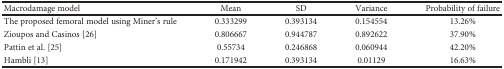
<table><thead><tr><td><b>Macrodamage model</b></td><td><b>Mean</b></td><td><b>SD</b></td><td><b>Variance</b></td><td><b>Probability of failure</b></td></tr></thead><tbody><tr><td>The proposed femoral model using Miner&#x27;s rule</td><td>0.333299</td><td>0.393134</td><td>0.154554</td><td>13.26%</td></tr><tr><td>Zioupos and Casinos [26]</td><td>0.806667</td><td>0.944787</td><td>0.892622</td><td>37.90%</td></tr><tr><td>Pattin et al. [25]</td><td>0.55734</td><td>0.246868</td><td>0.060944</td><td>42.20%</td></tr><tr><td>Hambli [13]</td><td>0.171942</td><td>0.393134</td><td>0.01129</td><td>16.63%</td></tr></tbody></table>